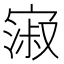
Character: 𫳺